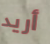
أريد